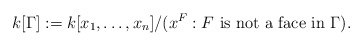
\begin{align*} k[\Gamma] := k[x_1, \ldots, x_n] / (x^F : F \mbox{ is not a face in } \Gamma). \end{align*}